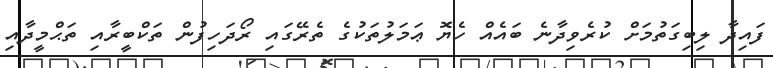
ފައިދާ ލިބިގަތުމަށް ކުރެވިދާނެ ބައެއް ހެޔޮ ޢަމަލުތަކުގެ ތެރޭގައި ރޯދަހިފުން ތަކްބީރާއި ތަޙްމީދާއި